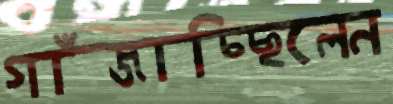
গাঁজাচ্ছিলেন